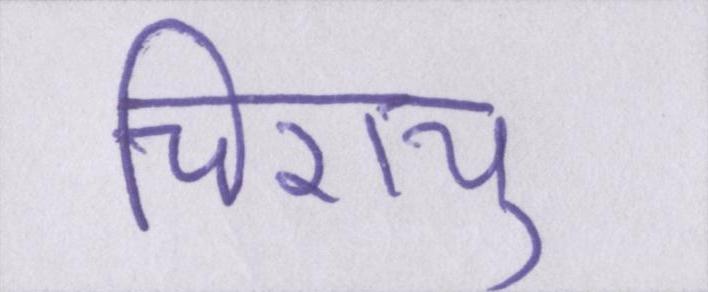
चिरायु